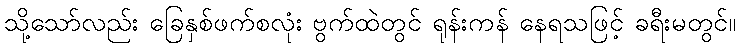
သို့သော်လည်း ခြေနှစ်ဖက်စလုံး ဗွက်ထဲတွင် ရုန်းကန် နေရသဖြင့် ခရီးမတွင်။